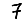
Digit: 7